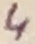
Text: 4